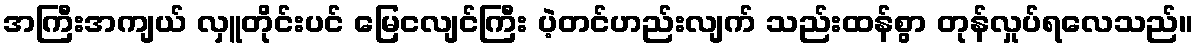
အကြီးအကျယ် လှူတိုင်းပင် မြေငလျင်ကြီး ပဲ့တင်ဟည်းလျက် သည်းထန်စွာ တုန်လှုပ်ရလေသည်။